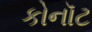
કોનૉટ